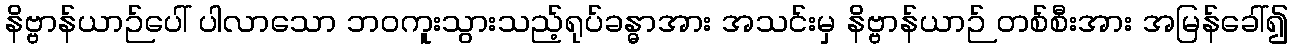
နိဗ္ဗာန်ယာဉ်ပေါ် ပါလာသော ဘဝကူးသွားသည့်ရုပ်ခန္ဓာအား အသင်းမှ နိဗ္ဗာန်ယာဉ် တစ်စီးအား အမြန်ခေါ်၍